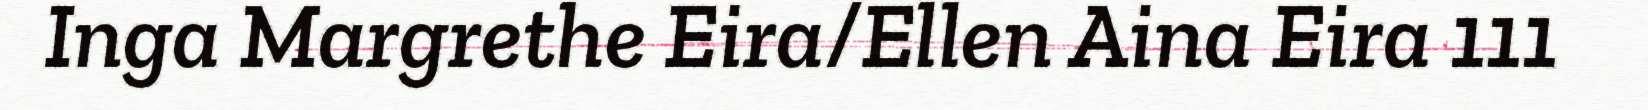
Inga Margrethe Eira/Ellen Aina Eira 111